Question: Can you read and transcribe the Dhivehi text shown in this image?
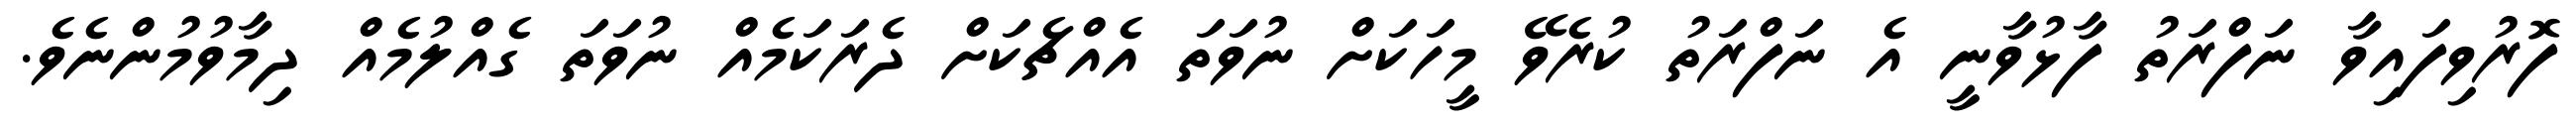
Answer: ފޮރުވިފައިވާ ނަފްރަތު ފާޅުވާނީ އެ ނަފްރަތު ކުރެވޭ މީހަކަށް ނުވަތަ އެއްޗެކަށް ދެރަކަމެއް ނުވަތަ ގެއްލުމެއް ދިމާވުމުންނެވެ.